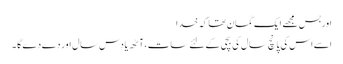
اور بس مجھے ایک گمان تھا کہ خدا
اسے اس کی پانچ سال کی بچی کے لئے سات ،آٹھ یا دس سال اور دے دے گا ۔